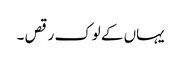
یہاں کے لوک رقص ۔